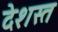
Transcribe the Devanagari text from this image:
देशस्त